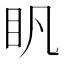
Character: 𥃵